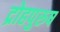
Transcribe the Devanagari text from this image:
द्रोहपुरुष